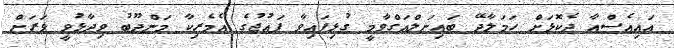
އައިއެސްއާ ދެކޮޅަށް ހަމަލާދޭ ބައިނަލްއަގްވާމީ ގުޅިފައިވާ ފައުޖުގެ އެމެރިކާ މަންދޫބު ވިދާޅުވީ ވަރަށް